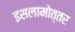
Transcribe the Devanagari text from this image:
इसलामोत्तर